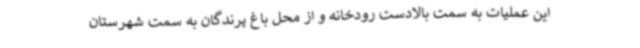
این عملیات به سمت بالادست رودخانه و از محل باغ پرندگان به سمت شهرستان